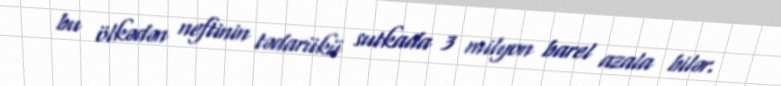
bu ölkədən neftinin tədarükü sutkada 3 milyon barel azala bilər.